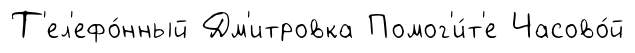
Т'ел'ефо́нный Дм'итровка Помог'и́т'е Часово́й